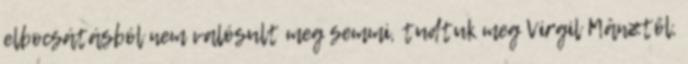
elbocsátásból nem valósult meg semmi, tudtuk meg Virgil Mânztől,